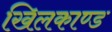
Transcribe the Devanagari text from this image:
खिलकाण्ड